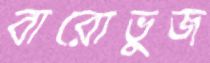
বারোভুজ